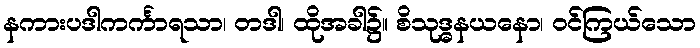
နကားပဒါကင်္ကာရသာ၊ တဒါ၊ ထိုအခါ၌။ စိသုဒ္ဓနယနော၊ ဝင်ကြယ်သော